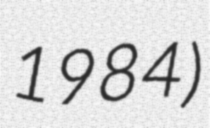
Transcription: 1984)